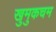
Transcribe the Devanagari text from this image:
खुमुकचम